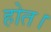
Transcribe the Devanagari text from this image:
होत।